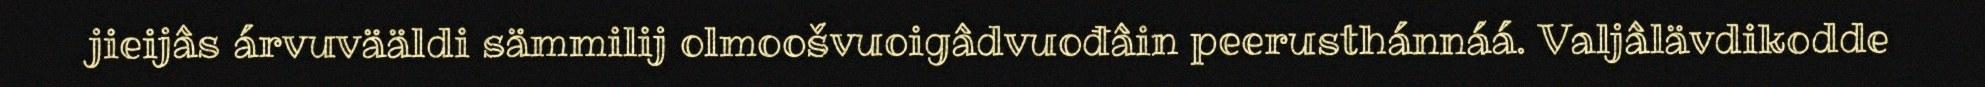
jieijâs árvuvääldi sämmilij olmoošvuoigâdvuođâin peerusthánnáá. Valjâlävdikodde